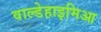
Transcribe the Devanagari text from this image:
वाल्डेहाइमिआ